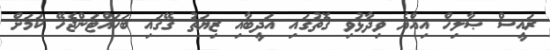
ރައީސް ޞާލިހް އިއްޔެ ވިދާޅުވި ގޮތުގައި އަދީބާއި ޒިޔަތު ގޭގައި ބަހައްޓަންޖެހޭ ކަަމަށް